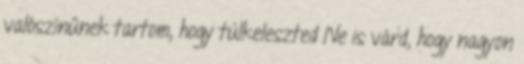
valószínűnek tartom, hogy túlkeleszted Ne is várd, hogy nagyon